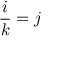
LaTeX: { \frac { i } { k } } = j